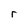
Character: r